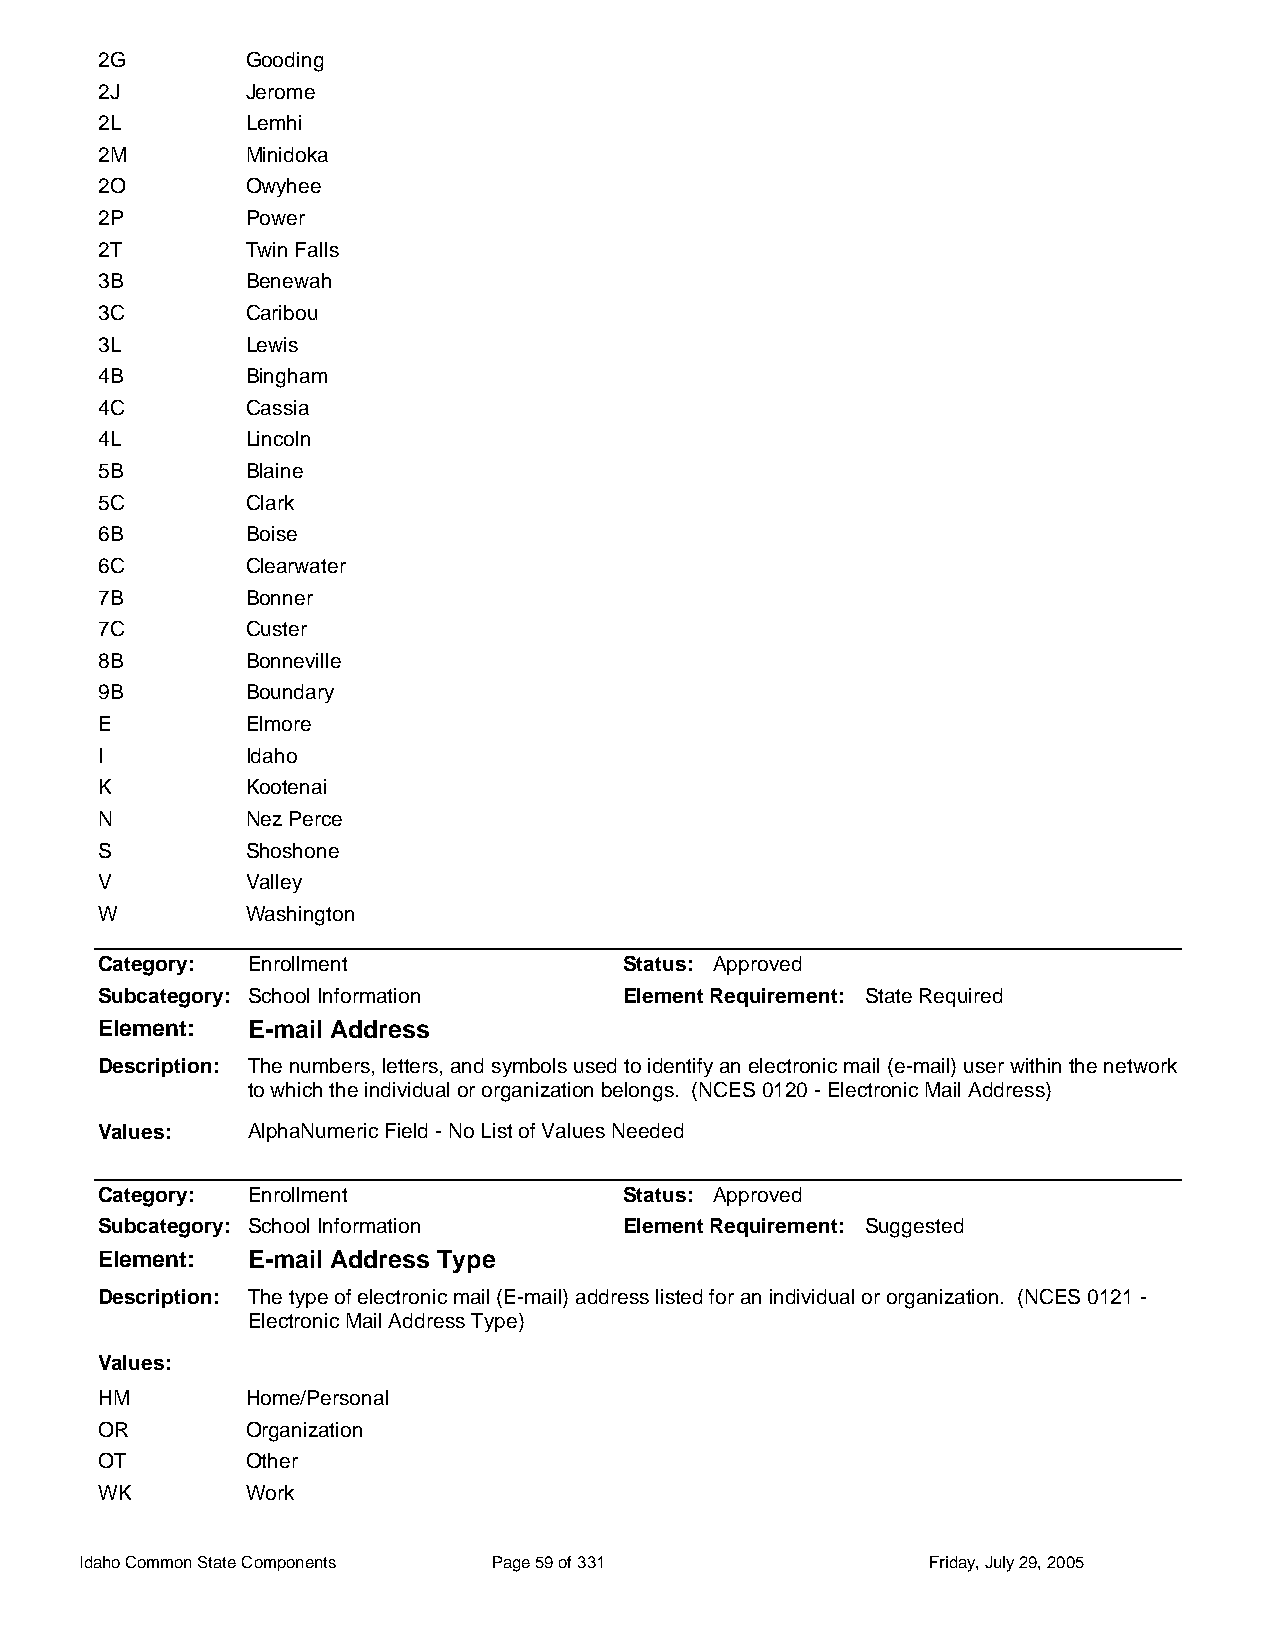
2G        Gooding
 2J        Jerome
 2L        Lemhi
 2M        Minidoka
 2O        Owyhee
 2P        Power
 2T        Twin Falls
 3B        Benewah
 3C        Caribou
 3L        Lewis
 4B        Bingham
 4C        Cassia
 4L        Lincoln
 5B        Blaine
 5C        Clark
 6B        Boise
 6C        Clearwater
 7B        Bonner
 7C        Custer
 8B        Bonneville
 9B        Boundary
 E         Elmore
 I         Idaho
 K         Kootenai
 N         Nez Perce
 S         Shoshone
 V         Valley
 W         Washington
 Category: Enrollment               Status: Approved
 Subcategory: School Information    Element Requirement: State Required
 Element:  E-mail Address
 Description: The numbers, letters, and symbols used to identify an electronic mail (e-mail) user within the network
 to which the individual or organization belongs. (NCES 0120 - Electronic Mail Address)
 Values:   AlphaNumeric Field - No List of Values Needed
 Category: Enrollment               Status: Approved
 Subcategory: School Information    Element Requirement: Suggested
 Element:  E-mail Address Type
 Description: The type of electronic mail (E-mail) address listed for an individual or organization. (NCES 0121 -
 Electronic Mail Address Type)
 Values:
 HM        Home/Personal
 OR        Organization
 OT        Other
 WK        Work
 Idaho Common State Components Page 59 of 331            Friday, July 29, 2005